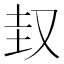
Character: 𡊋